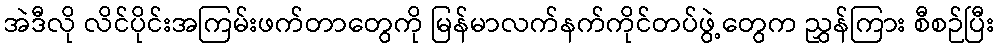
အဲဒီလို လိင်ပိုင်းအကြမ်းဖက်တာတွေကို မြန်မာလက်နက်ကိုင်တပ်ဖွဲ့တွေက ညွှန်ကြား စီစဉ်ပြီး